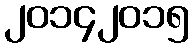
၂၀၁၄၂၀၁၅